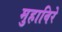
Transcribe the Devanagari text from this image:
मुहाविरे